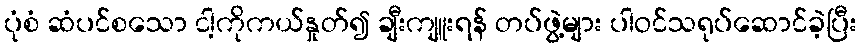
ပုံစံ ဆံပင်စသော ငါ့ကိုကယ်နှုတ်၍ ချီးကျူးရန် တပ်ဖွဲ့များ ပါဝင်သရုပ်ဆောင်ခဲ့ပြီး